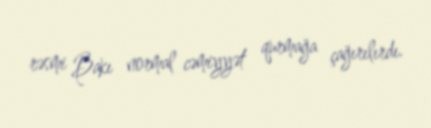
rəsmi Bakı normal cəmiyyət qurmağa çağırılırdı.